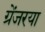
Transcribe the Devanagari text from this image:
ग्रेंजरया